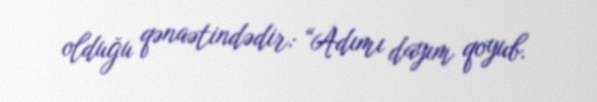
olduğu qənaətindədir: “Adımı dayım qoyub.